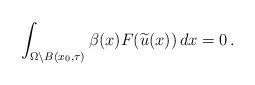
LaTeX: \begin{align*}\int_{\Omega \setminus B(x_0,\tau)} \beta(x)F(\widetilde{u}(x))\,dx =0\,.\end{align*}